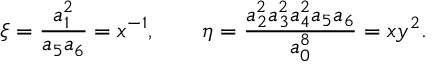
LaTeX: \xi = \frac { a _ { 1 } ^ { 2 } } { a _ { 5 } a _ { 6 } } = x ^ { - 1 } , \qquad \eta = \frac { a _ { 2 } ^ { 2 } a _ { 3 } ^ { 2 } a _ { 4 } ^ { 2 } a _ { 5 } a _ { 6 } } { a _ { 0 } ^ { 8 } } = x y ^ { 2 } .